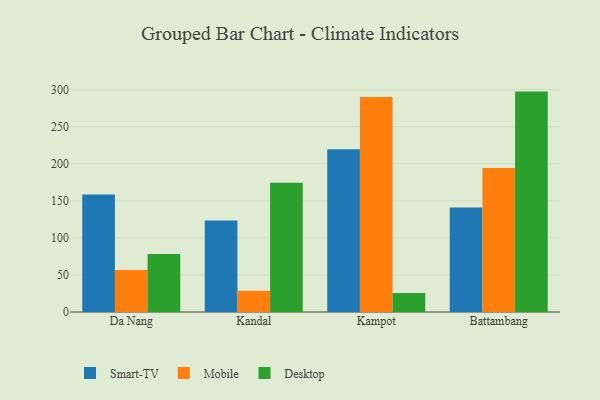
{"axis": {"x": "City", "y": "Population (Million)"}, "legend": ["Desktop", "Mobile", "Smart-TV"], "data": [{"x": "Da Nang", "y": 158.6, "type": "Smart-TV"}, {"x": "Da Nang", "y": 56.8, "type": "Mobile"}, {"x": "Da Nang", "y": 78.3, "type": "Desktop"}, {"x": "Kandal", "y": 123.3, "type": "Smart-TV"}, {"x": "Kandal", "y": 28.7, "type": "Mobile"}, {"x": "Kandal", "y": 174.4, "type": "Desktop"}, {"x": "Kampot", "y": 219.5, "type": "Smart-TV"}, {"x": "Kampot", "y": 290.1, "type": "Mobile"}, {"x": "Kampot", "y": 25.7, "type": "Desktop"}, {"x": "Battambang", "y": 141.1, "type": "Smart-TV"}, {"x": "Battambang", "y": 194.3, "type": "Mobile"}, {"x": "Battambang", "y": 297.4, "type": "Desktop"}]}